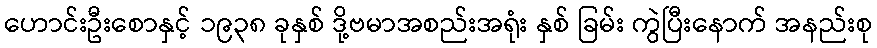
ဟောင်းဦးစောနှင့် ၁၉၃၈ ခုနှစ် ဒို့ဗမာအစည်းအရုံး နှစ် ခြမ်း ကွဲပြီးနောက် အနည်းစု